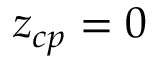
z _ { c p } = 0